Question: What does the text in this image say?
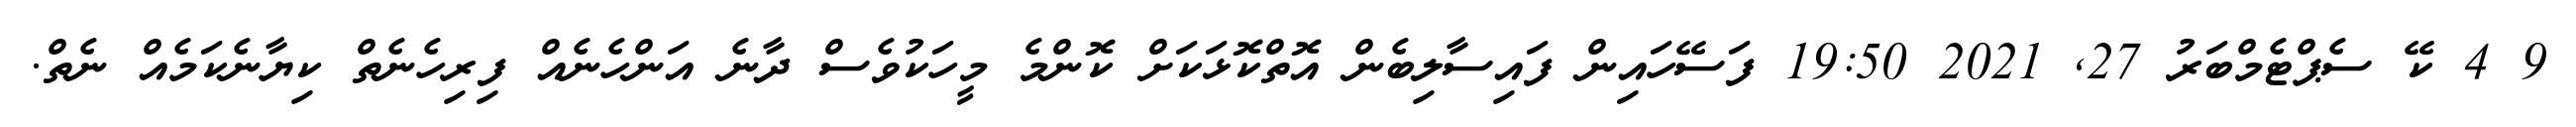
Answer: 9 4 ކޭ ސެޕްޓެމްބަރު 27, 2021 19:50 ފަސޭހައިން ފައިސާލިބެން އޮތްކޮޅަކަށް ކޮންމެ މީހަކުވެސް ދާނެ އަންހެނެއް ފިރިހެނެތް ކިޔާނެކަމެއް ނެތް.